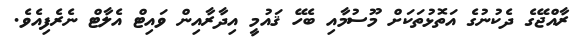
ރާއްޖޭގެ ދެކުނުގެ އަތޮޅުތަކަށް މޫސުމާއި ބެހޭ ޤައުމީ އިދާރާއިން ވައިޓް އެލާޓް ނެރެފިއެވެ.